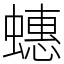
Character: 蟪